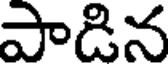
పాడిన